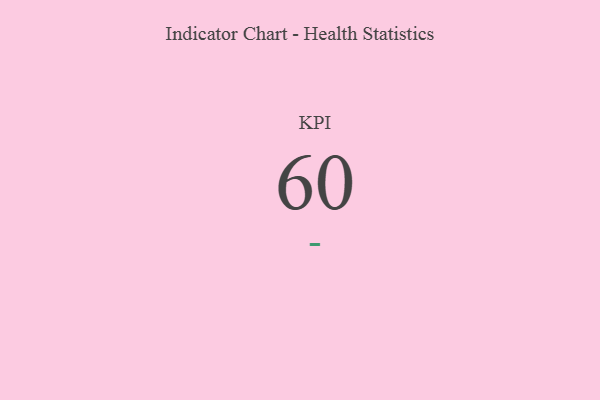
{"axis": {"x": "KPI", "y": "Value"}, "legend": [""], "data": [{"x": "KPI", "y": 60, "type": ""}]}